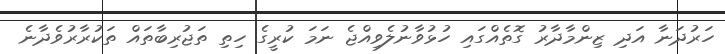
ހަރުދަނާ އަދި ޒިންމާދާރު ގޮތެއްގައި ހުޅުވާނުލެވިއްޖެ ނަމަ ކުރީގެ ހިތި ތަޖުރިބާތައް ތަކުރާރުވެދާނެ